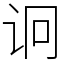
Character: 诇